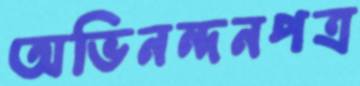
অভিনন্দনপত্র